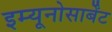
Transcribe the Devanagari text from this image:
इम्यूनोसार्बेंट